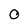
Character: O